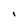
Character: I